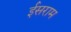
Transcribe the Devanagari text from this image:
ईसराम